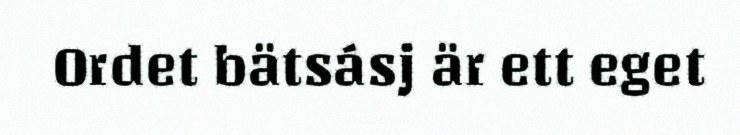
Ordet bätsásj är ett eget